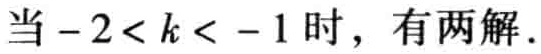
当\(-2 < k < -1\)时，有两解.